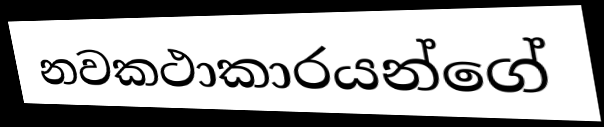
නවකථාකාරයන්ගේ